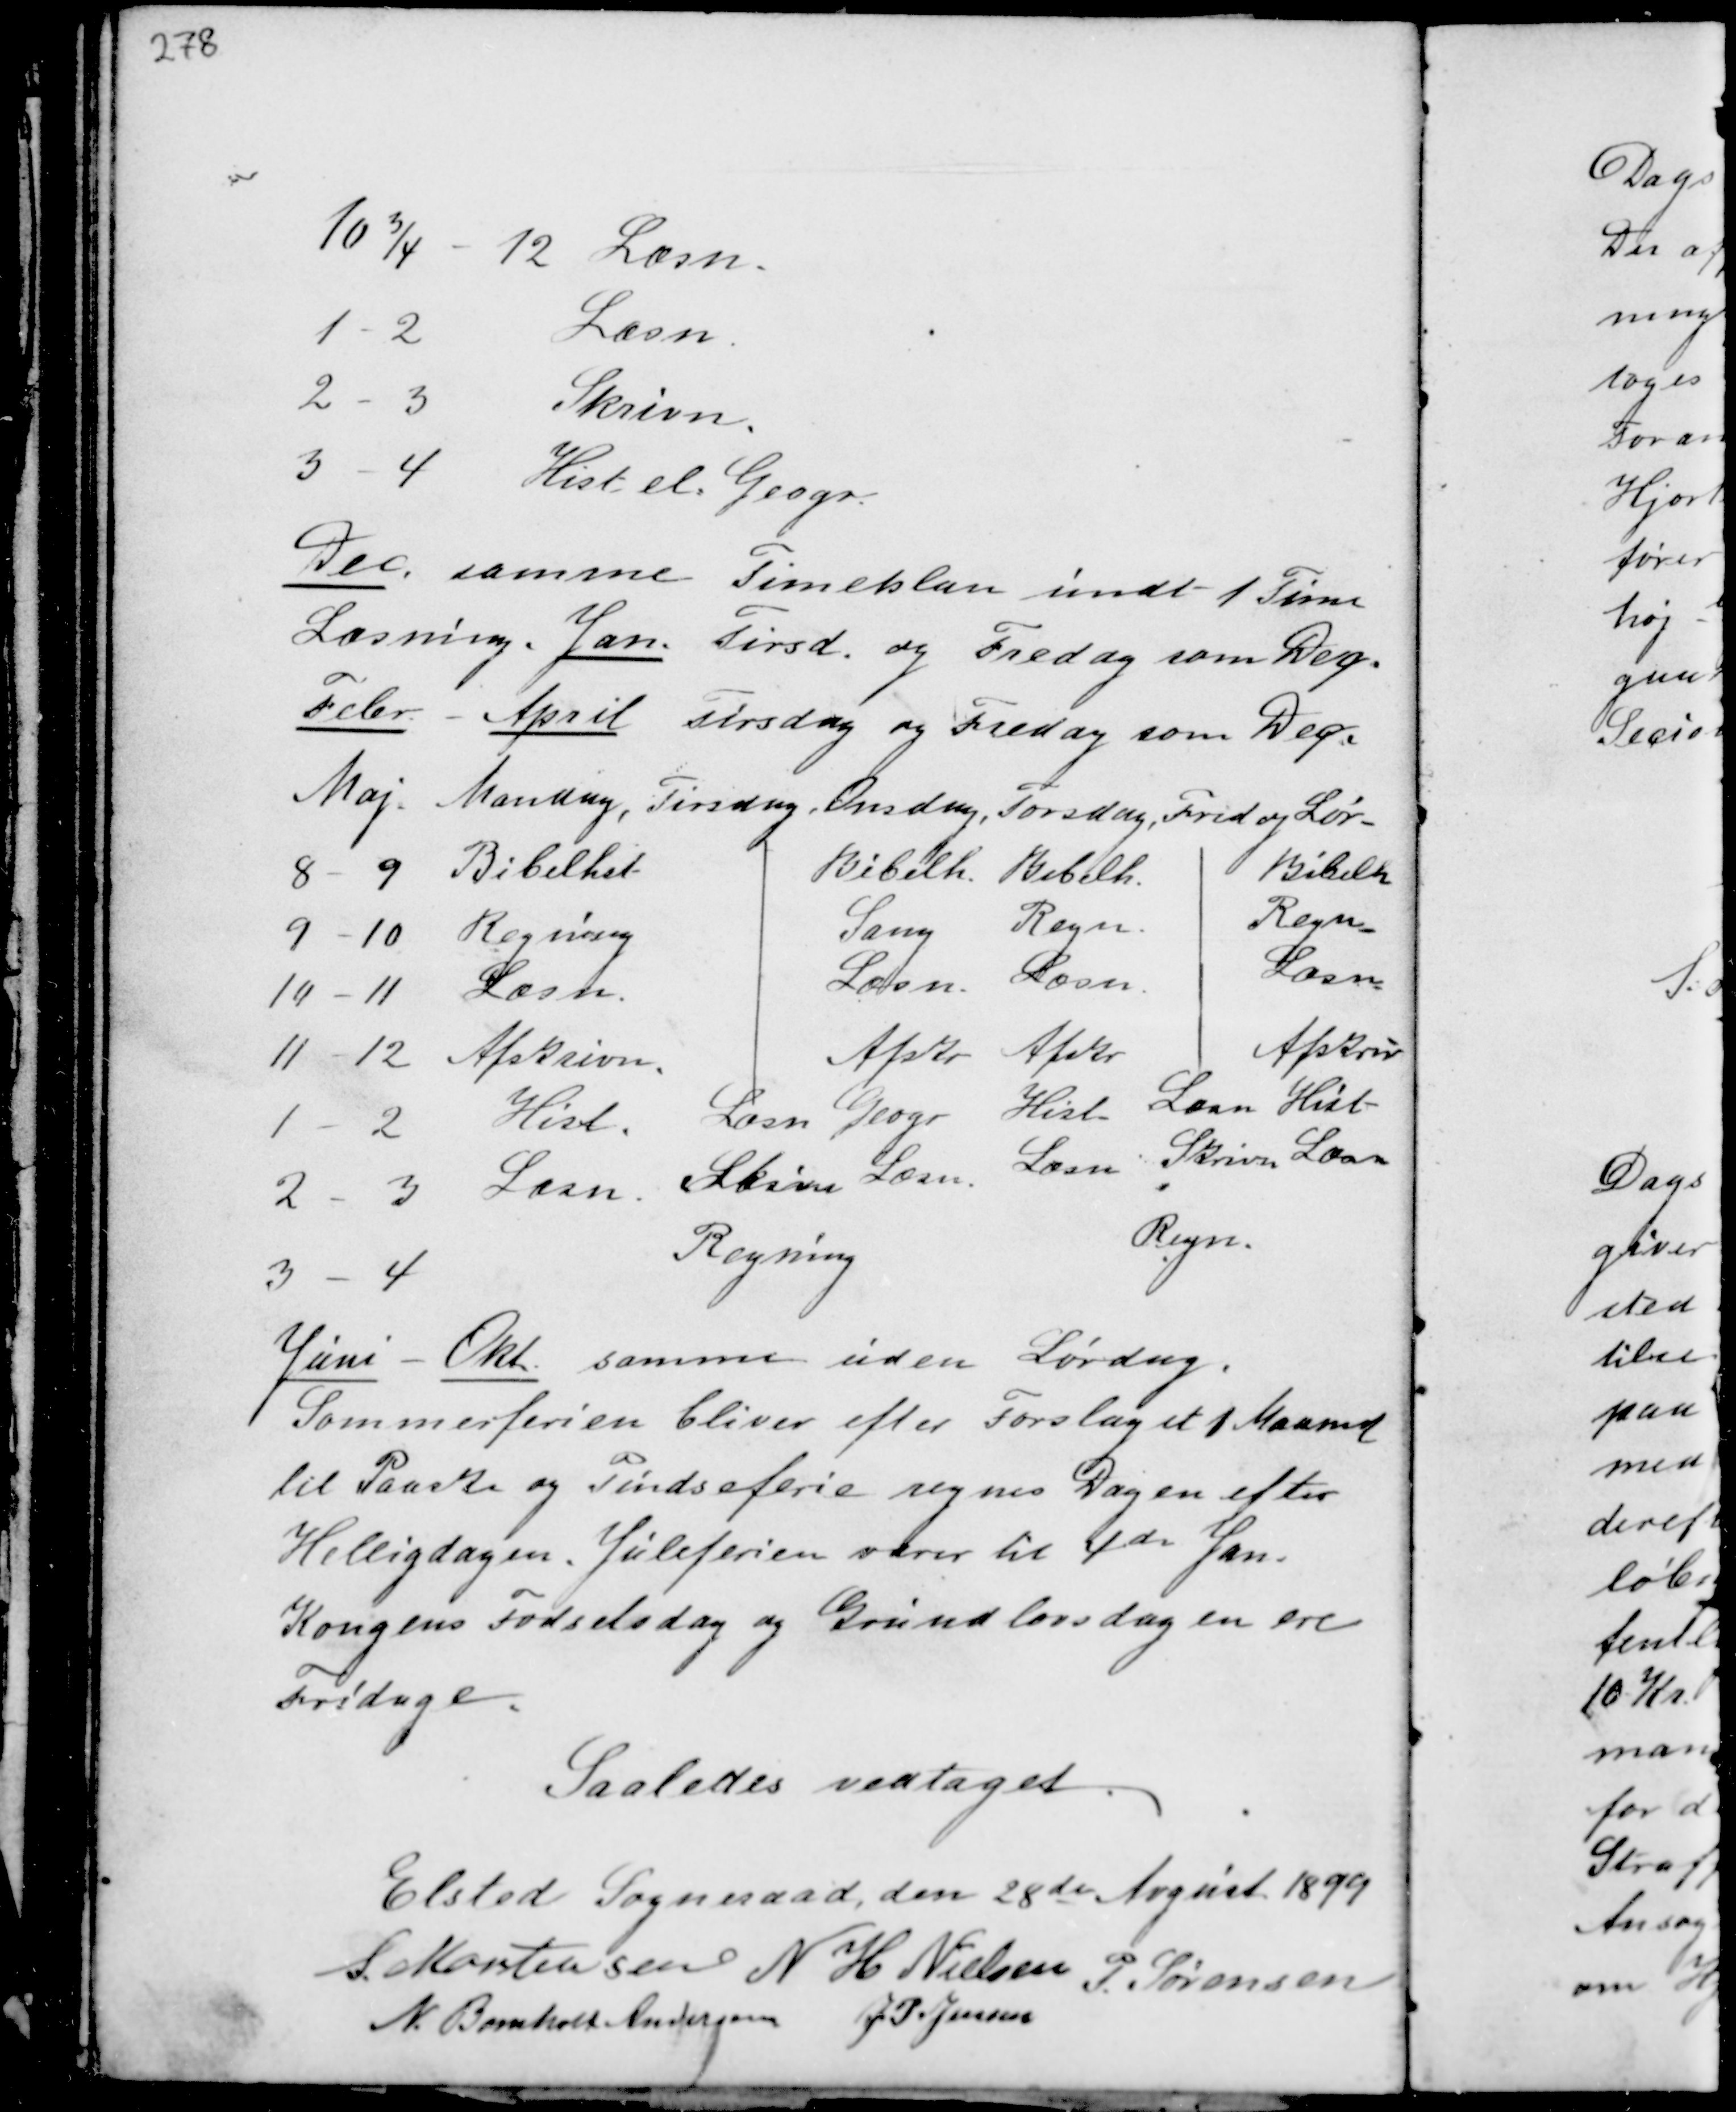
Transskription:
Dec. samme Timeplan undt 1 Time
Læsning. Jan. Tirsd. og Fredag som Deg.
Febr. - April Tirsdag og Fredag som Deg.

Juni - Okt samme uden Lørdag.
Sommerferien bliver efter Forslaget 1 Maaned.
til Paaske og Pindseferie regnes Dagen efter
Helligdagen. Juleferien varer til 4de Jan.
Kongens Fødselsdag og Grundlovsdagen ere
Fridage.

Saaledes vedtaget.
Elsted Sogneraad den 28de August 1899
S. Mortensen N H Nielsen
P. Sørensen
N. Bomholt Andersen J. P. Jensen